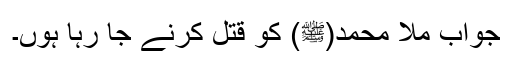
جواب ملا محمد(ﷺ) کو قتل کرنے جا رہا ہوں۔